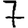
Digit: 7